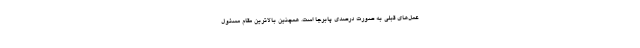
عمل‌های قبلی به صورت درصدی پابرجا است. همچنین بالاترین مقام مسئول